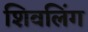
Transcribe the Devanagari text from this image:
शिवलिँग